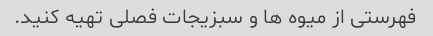
فهرستی از میوه ها و سبزیجات فصلی تهیه کنید.